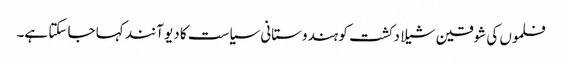
فلموں کی شوقین شیلا دکشت کو ہندوستانی سیاست کا دیو آنند کہا جا سکتا ہے۔